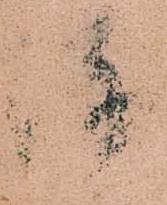
陣